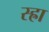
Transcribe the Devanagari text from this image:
स्ह्रा